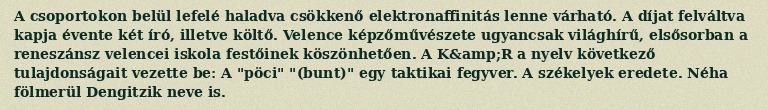
A csoportokon belül lefelé haladva csökkenő elektronaffinitás lenne várható. A díjat felváltva kapja évente két író, illetve költő. Velence képzőművészete ugyancsak világhírű, elsősorban a reneszánsz velencei iskola festőinek köszönhetően. A K&amp;R a nyelv következő tulajdonságait vezette be: A "pöci" "(bunt)" egy taktikai fegyver. A székelyek eredete. Néha fölmerül Dengitzik neve is.